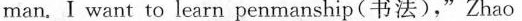
man. I want to learn penmanship(书法),"Zhao